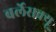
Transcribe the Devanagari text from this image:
बर्लेसक्यू